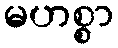
မဟစ္စာ